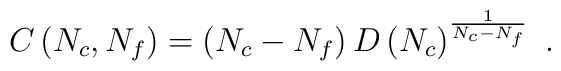
C\left(N_c,N_f\right)=\left(N_c - N_f\right) D\left(N_c\right)^{\frac{1}{N_c-N_f}} \ .